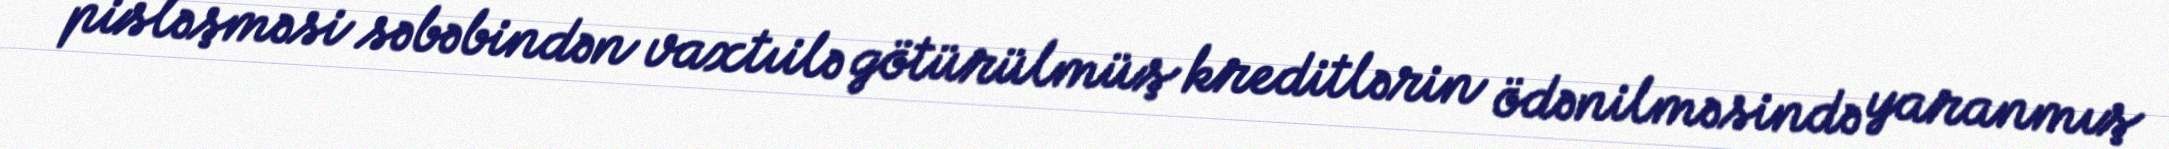
pisləşməsi səbəbindən vaxtıilə götürülmüş kreditlərin ödənilməsində yaranmış